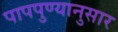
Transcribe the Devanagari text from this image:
पापपुण्यानुसार